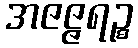
အဇဇ္ဇရဉ္စ